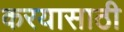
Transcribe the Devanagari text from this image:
करयासाठी